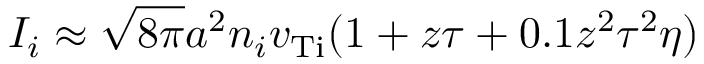
I _ { i } \approx \sqrt { 8 \pi } a ^ { 2 } n _ { i } v _ { \mathrm { T i } } ( 1 + z \tau + 0 . 1 z ^ { 2 } \tau ^ { 2 } \eta )